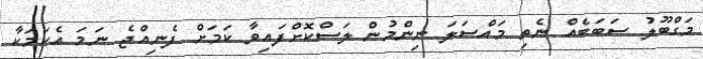
މަގްބޫލު ސަބަބެއް ނެތި މައްސަލަ ނިންމުން ލަސްކޮށްފައިވާ ކަމަށް ފެނިއްޖެ ނަމަ އެކަމަކާ